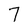
Character: 7